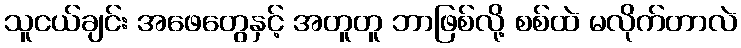
သူငယ်ချင်း အဖေတွေနှင့် အတူတူ ဘာဖြစ်လို့ စစ်ထဲ မလိုက်တာလဲ